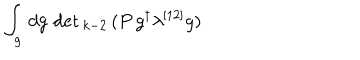
\int _ { g } \, d g \, \det { } _ { k - 2 } \, ( P \, g ^ { \dagger } \lambda ^ { [ 1 2 ] } g )